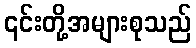
၎င်းတို့အများစုသည်